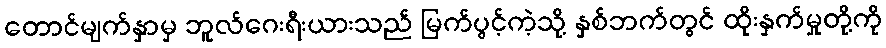
တောင်မျက်နှာမှ ဘူလ်ဂေးရီးယားသည် မြက်ပွင့်ကဲ့သို့ နှစ်ဘက်တွင် ထိုးနှက်မှုတို့ကို